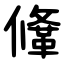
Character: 鞗